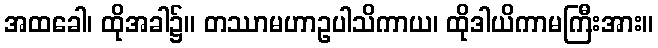
အထခေါ၊ ထိုအခါ၌။ တဿာမဟာဥပါသိကာယ၊ ထိုဒါယိကာမကြီးအား။